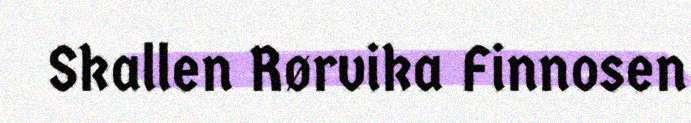
Skallen Rørvika Finnosen